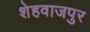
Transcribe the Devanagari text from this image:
शेहवाजपुर